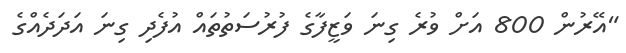
"އޭރުން 800 އަށް ވުރެ ގިނަ ވަޒީފާގެ ފުރުސަތުތައް އުފެދި ގިނަ އަދަދެއްގެ